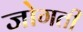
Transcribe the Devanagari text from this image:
जोगती